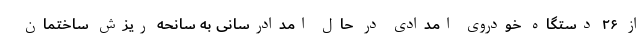
از ۲۶ دستگاه خودروی امدادی در حال امدادرسانی به سانحه ریزش ساختمان